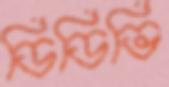
ডিডিভি